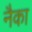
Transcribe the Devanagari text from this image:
नैका